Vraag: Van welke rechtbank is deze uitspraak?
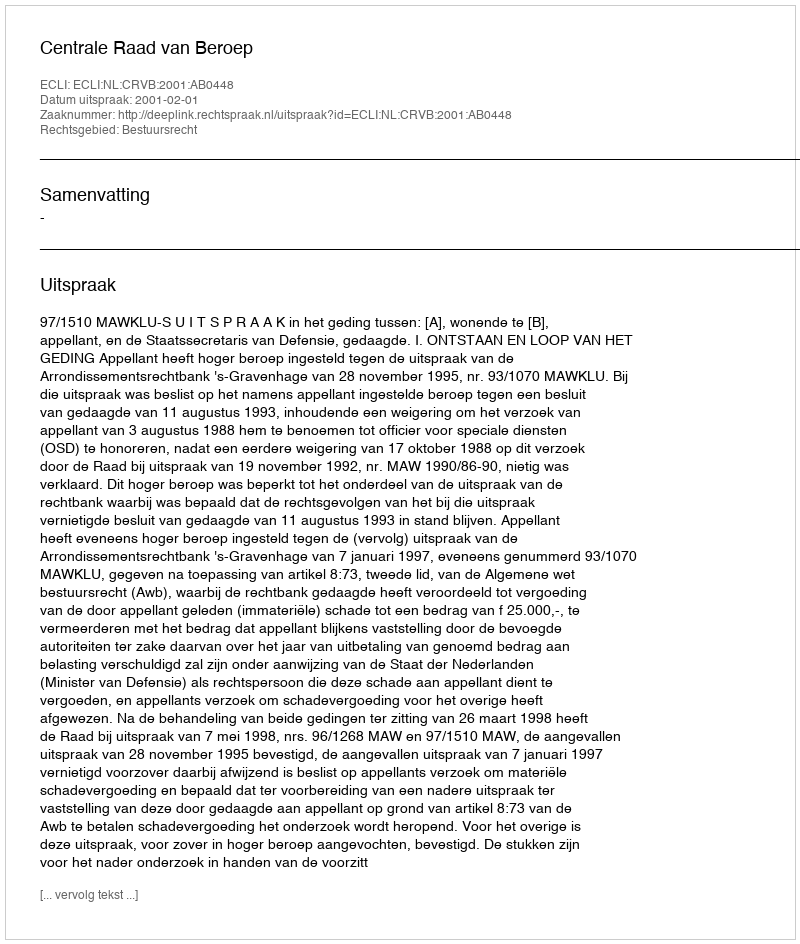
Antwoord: Centrale Raad van Beroep